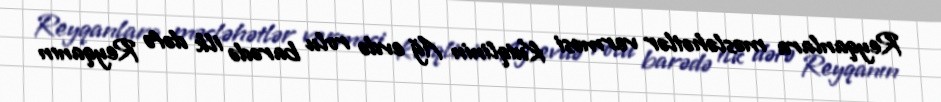
Reyqanlara məsləhətlər verməsi Kuiqlinin Ağ evdə rolu barədə ilk dəfə Reyqanın